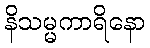
နိသမ္မကာရိနော